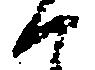
候